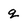
Character: q